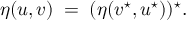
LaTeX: \eta ( u , v ) \; = \; ( \eta ( v ^ { \star } , u ^ { \star } ) ) ^ { \star } .